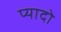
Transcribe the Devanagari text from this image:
प्‍यादो